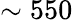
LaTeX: \sim 550